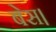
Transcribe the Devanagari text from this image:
बेस।